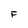
Character: F